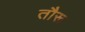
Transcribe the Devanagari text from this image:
तौरू